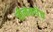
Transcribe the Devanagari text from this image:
चीनमधेच